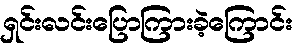
ရှင်းလင်းပြောကြားခဲ့ကြောင်း